Election expenses, 1928, 1928
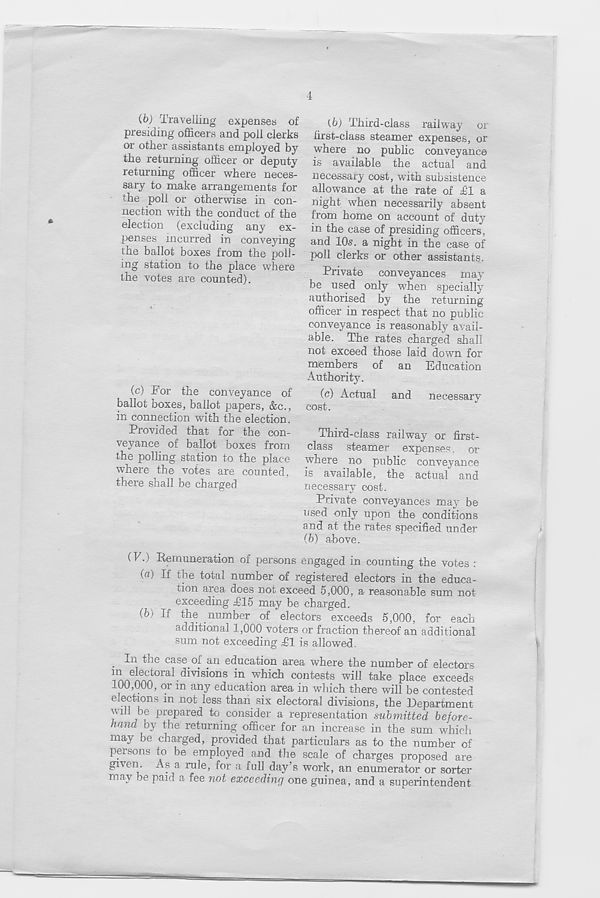
4
(b) Travelling expenses of
presiding officers and poll clerks
or other assistants employed by
the returning officer or deputy
returning officer where neces-
sary to make arrangements for
the poll or otherwise in con-
nection with the conduct of the
election (excluding any ex-
penses incurred in conveying
the ballot boxes from the poll-
ing station to the place where
the votes are counted).
(c) For the conveyance of
ballot boxes, ballot papers, &c.,
in connection with the election.
Provided that for the con-
veyance of ballot boxes from
the polling station to the place
where the votes are counted,
there shall be charged
(V.) Remuneration of persons
(.6) Third-class railway or
first-class steamer expenses, or
where no public conveyance
is available the actual and
necessary cost, with subsistence
allowance at the rate of £1 a
night when necessarily absent
from home on account of duty
in the case of presiding officers,
and 105. a night in the case of
poll clerks or other assistants.
Private conveyances may
be used only when specially
authorised by the returning
officer in respect that no public
conveyance is reasonably avail-
able. The rates charged shall
not exceed those laid down for
members of an Education
Authority.
(c) Actual and necessary
cost.
Third-class railway or first-
class steamer expenses, or
where no public conveyance
is available, the actual and
necessary cost.
Private conveyances may be
used only upon the conditions
and at the rates specified under
(b) above.
engaged in counting the votes :
(a) If the total number of registered electors in the educa-
tion area does not exceed 5,000, a reasonable sum not
exceeding £15 may be charged.
(b) If the number of electors exceeds 5,000, for each
additional 1,000 voters or fraction thereof an additional
sum not exceeding T1 is allowed.
. In tl:ie case of an education area where the number of electors
1 nn e onn t0ral • <5ivisions in which contests will take place exceeds
00,000, oi m any education area in which there will be contested
elections in not less than six electoral divisions, the Department
'' 1 ■ >e prepared to consider a representation submitted before-
hand by the returning officer for an increase in the sum which
may be charged, provided that particulars as to the number of
persons to be employed and the scale of charges proposed are
given. As a rule, for a full day’s work, an enumerator or sorter
may be paid a fee not exceeding one guinea, and a superintendent